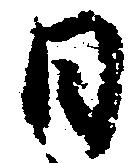
月